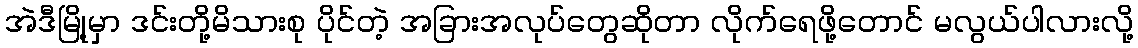
အဲဒီမြို့မှာ ဒင်းတို့မိသားစု ပိုင်တဲ့ အခြားအလုပ်တွေဆိုတာ လိုက်ရေဖို့တောင် မလွယ်ပါလားလို့